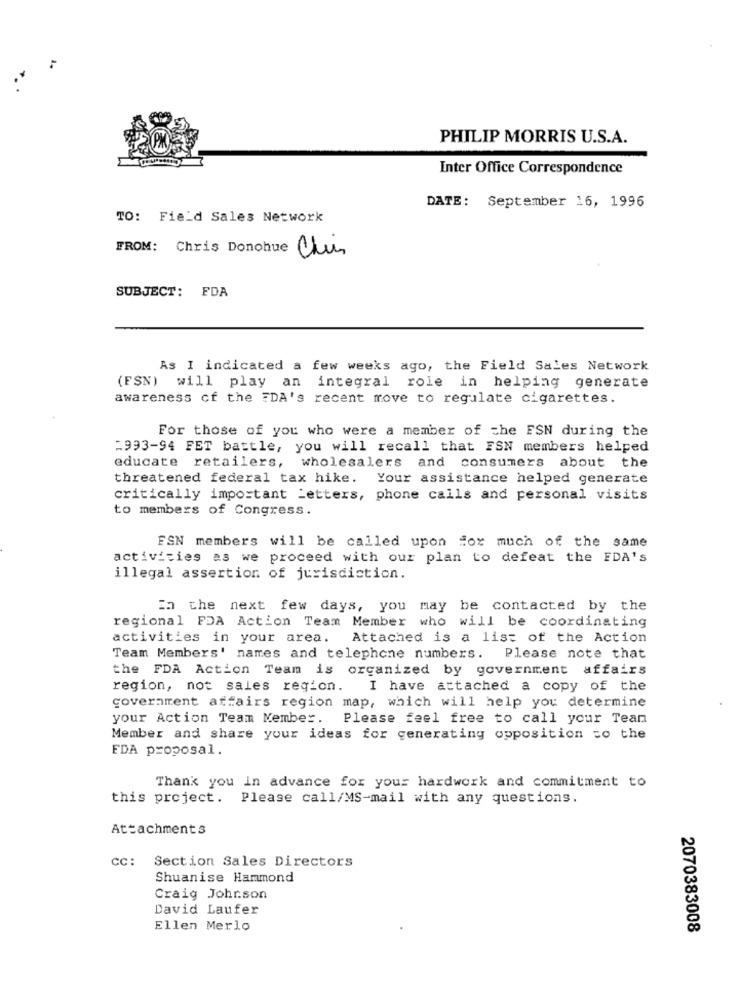
PHILIP MORRIS U.S.A.
Inter Office Correspondence
DATE: September 16, 1996
TO: Field Sales Network
FROM: Chris Donohue Chun
SUBJECT: FDA
As I indicated a few weeks ago, the Field Sales Network
(FSN) will play an integral role in helping generate
awareness of the FDA's recent move to regulate cigarettes.
For those of you who were a member of the FSN during the
=993-94 FET battle, you will recall that FSN members helped
educate retailers, wholesalers and consumers about the
threatened federal tax hike.
Your assistance helped generate
critically important Letters, phone calls and personal visits
to members of Congress.
FSN members will be called upon for much of the same
activities as we proceed with our plan to defeat the FDA's
illegal assertion of jurisdiction.
in the next few days, you may be contacted by the
regional FDA Action Team Member who will be coordinating
activities in your area.
Attached is a list of the Action
Team Members' names and telephone numbers. Please note that
the FDA Action Team is organized by government affairs
region, not sales region.
I have attached a copy of the
covernment affairs region map, which will help you determine
your Action Team Member.
Please feel free to call your Tean
Member and share your ideas for generating opposition to the
FDA proposal.
Thank you in advance for your hardwork and commitment to
this project.
Please call/MS-mail with any questions.
Attachments
CC:
Section Sales Directors
Shuanise Hammond
Craig Johr.son
David Laufer
Ellen Merlo
2070383008